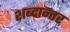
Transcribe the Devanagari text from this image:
शब्दान्तर